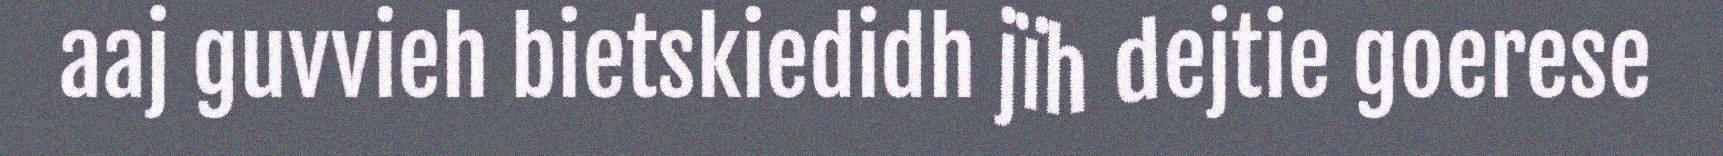
aaj guvvieh bietskiedidh jïh dejtie goerese